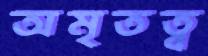
অমৃতত্ব